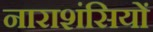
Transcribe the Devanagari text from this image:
नाराशंसियों